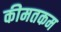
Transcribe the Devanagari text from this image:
कीमतकम